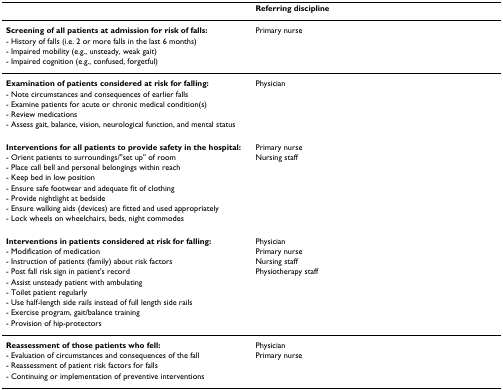
<table><thead><tr><td></td><td><b>Referring discipline</b></td></tr></thead><tbody><tr><td><b>Screening of all patients at admission for risk of falls:</b></td><td>Primary nurse</td></tr><tr><td>- History of falls (i.e. 2 or more falls in the last 6 months)</td><td></td></tr><tr><td>- Impaired mobility (e.g., unsteady, weak gait)</td><td></td></tr><tr><td>- Impaired cognition (e.g., confused, forgetful)</td><td></td></tr><tr><td><b>Examination of patients considered at risk for falling:</b></td><td>Physician</td></tr><tr><td>- Note circumstances and consequences of earlier falls</td><td></td></tr><tr><td>- Examine patients for acute or chronic medical condition(s)</td><td></td></tr><tr><td>- Review medications</td><td></td></tr><tr><td>- Assess gait, balance, vision, neurological function, and mental status</td><td></td></tr><tr><td><b>Interventions for all patients to provide safety in the hospital:</b></td><td>Primary nurse</td></tr><tr><td>- Orient patients to surroundings/&quot;set up&quot; of room</td><td>Nursing staff</td></tr><tr><td>- Place call bell and personal belongings within reach</td><td></td></tr><tr><td>- Keep bed in low position</td><td></td></tr><tr><td>- Ensure safe footwear and adequate fit of clothing</td><td></td></tr><tr><td>- Provide nightlight at bedside</td><td></td></tr><tr><td>- Ensure walking aids (devices) are fitted and used appropriately</td><td></td></tr><tr><td>- Lock wheels on wheelchairs, beds, night commodes</td><td></td></tr><tr><td><b>Interventions in patients considered at risk for falling:</b></td><td>Physician</td></tr><tr><td>- Modification of medication</td><td>Primary nurse</td></tr><tr><td>- Instruction of patients (family) about risk factors</td><td>Nursing staff</td></tr><tr><td>- Post fall risk sign in patient&#x27;s record</td><td>Physiotherapy staff</td></tr><tr><td>- Assist unsteady patient with ambulating</td><td></td></tr><tr><td>- Toilet patient regularly</td><td></td></tr><tr><td>- Use half-length side rails instead of full length side rails</td><td></td></tr><tr><td>- Exercise program, gait/balance training</td><td></td></tr><tr><td>- Provision of hip-protectors</td><td></td></tr><tr><td><b>Reassessment of those patients who fell:</b></td><td>Physician</td></tr><tr><td>- Evaluation of circumstances and consequences of the fall</td><td>Primary nurse</td></tr><tr><td>- Reassessment of patient risk factors for falls</td><td></td></tr><tr><td>- Continuing or implementation of preventive interventions</td><td></td></tr></tbody></table>